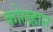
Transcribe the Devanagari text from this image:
कोलहान